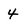
Character: 4